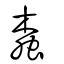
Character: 蠧